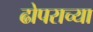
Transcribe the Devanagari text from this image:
ढोपराच्या